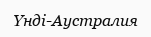
Үнді-Аустралия